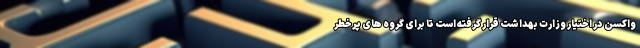
واکسن در اختیار وزارت بهداشت قرار گرفته است تا برای گروه های پرخطر